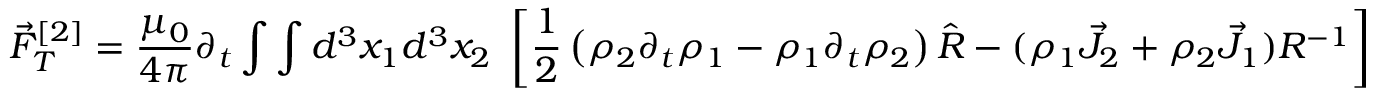
\vec { F } _ { T } ^ { [ 2 ] } = \frac { \mu _ { 0 } } { 4 \pi } \partial _ { t } \int \int d ^ { 3 } x _ { 1 } d ^ { 3 } x _ { 2 } ~ \left[ \frac { 1 } { 2 } \left( \rho _ { 2 } \partial _ { t } \rho _ { 1 } - \rho _ { 1 } \partial _ { t } \rho _ { 2 } \right) \hat { R } - ( \rho _ { 1 } \vec { J } _ { 2 } + \rho _ { 2 } \vec { J } _ { 1 } ) R ^ { - 1 } \right]